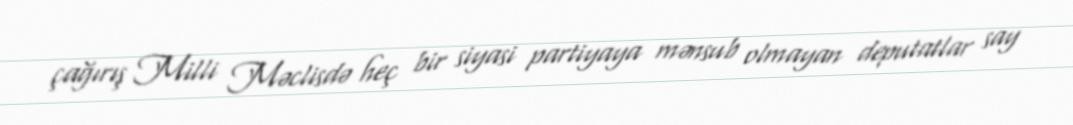
çağırış Milli Məclisdə heç bir siyasi partiyaya mənsub olmayan deputatlar say